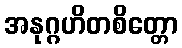
အနုဂ္ဂဟိတစိတ္တော